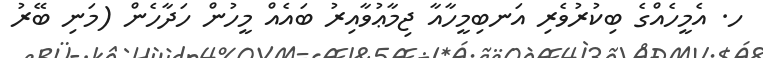
ހ. އެމީހެއްގެ ބިކުރުވެރި އަނބިމީހާއާ ޖިމާޢުވާއިރު ބައެއް މީހުން ހަދާހެން (މަނި ބޭރު